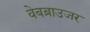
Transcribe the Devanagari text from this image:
वेबब्राउजर